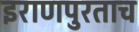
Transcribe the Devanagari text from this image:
इराणपुरताच